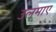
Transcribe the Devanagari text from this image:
उलमाए